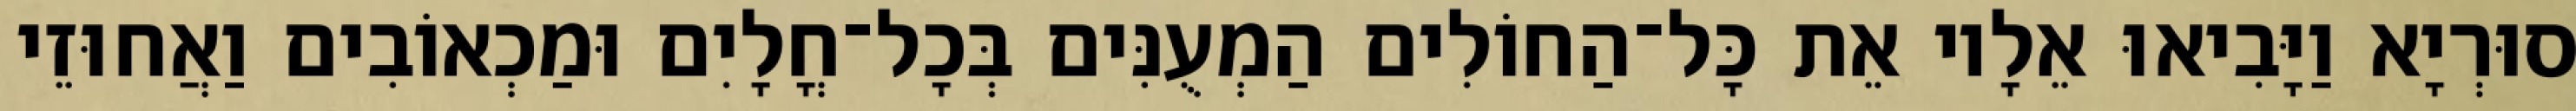
סוּרְיָא וַיָּבִיאוּ אֵלָיו אֵת כָּל־הַחוֹלִים הַמְעֻנִּים בְּכָל־חֳלָיִם וּמַכְאוֹבִים וַאֲחוּזֵי